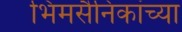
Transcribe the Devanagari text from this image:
भिमसैनिकांच्या